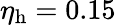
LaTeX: \eta_{\mathrm{h}}=0.15